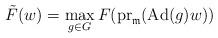
LaTeX: \begin{align*}\tilde{F}(w)=\max_{g\in G} F(\mathrm{pr}_\mathfrak{m}(\mathrm{Ad}(g)w))\end{align*}